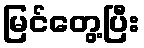
မြင်တွေ့ပြီး